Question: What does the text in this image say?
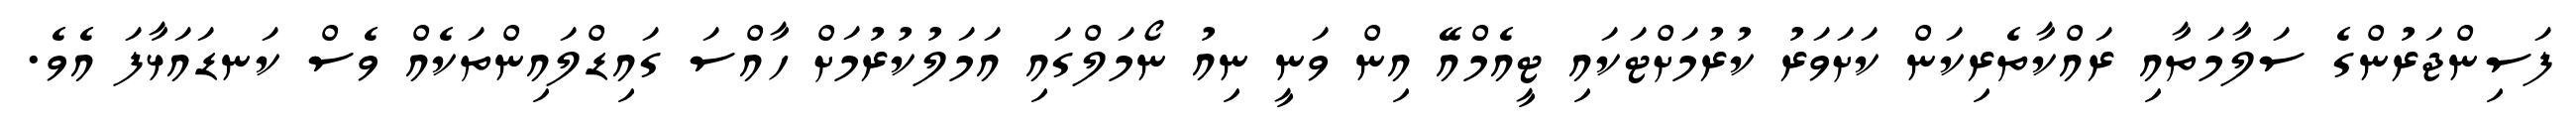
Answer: ފަސިންޖަރުންގެ ސަލާމަތާއި ރައްކާތެރިކަން ކަށަވަރު ކުރުމަށްޓަކައި ޓީއެމްއޭ އިން ވަނީ ނިއު ނޯމަލްގައި އަމަލުކުރުމަށް ހާއްސަ ގައިޑްލައިންތަކެއް ވެސް ކަނޑައަޅާފަ އެވެ.